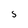
Character: s